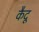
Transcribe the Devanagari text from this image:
कैदू